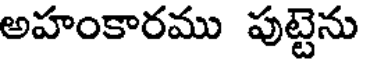
అహంకారము పుట్టెను